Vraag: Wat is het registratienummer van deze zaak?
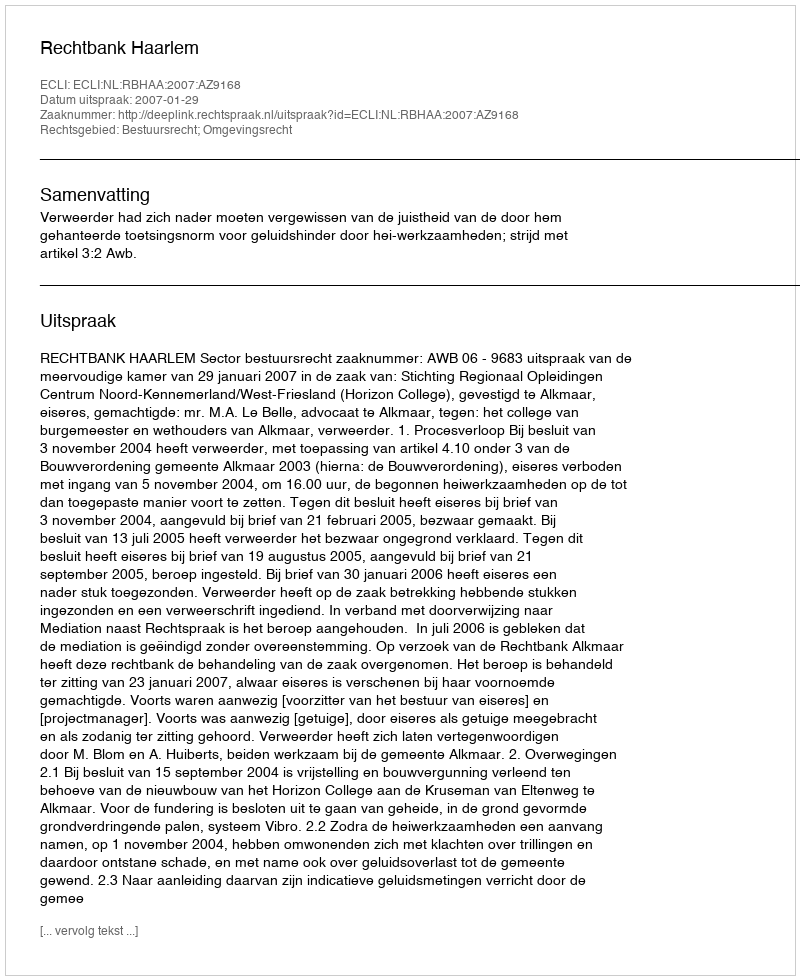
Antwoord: http://deeplink.rechtspraak.nl/uitspraak?id=ECLI:NL:RBHAA:2007:AZ9168